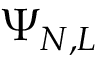
\Psi _ { N , L }